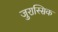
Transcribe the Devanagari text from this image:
जुरास्सिक